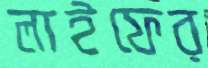
লাইফের